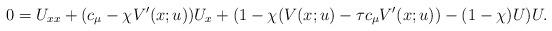
LaTeX: \begin{align*} 0=U_{xx}+(c_{\mu}-\chi V'(x;u))U_{x}+(1-\chi (V(x; u)-\tau c_\mu V'(x;u))-(1-\chi)U)U. \end{align*}